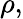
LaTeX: \rho,